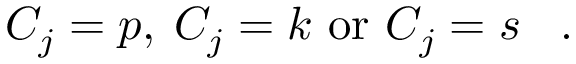
\; \; \; \; \; C _ { j } = p , \: C _ { j } = k { \mathrm { ~ o r ~ } } C _ { j } = s \; \; \; .